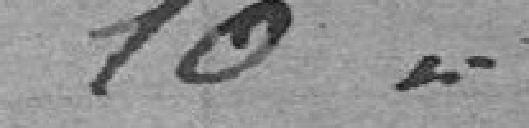
10//